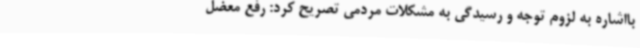
بااشاره به لزوم توجه و رسیدگی به مشکلات مردمی تصریح کرد: رفع معضل